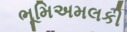
ભૂમિઅમલકી